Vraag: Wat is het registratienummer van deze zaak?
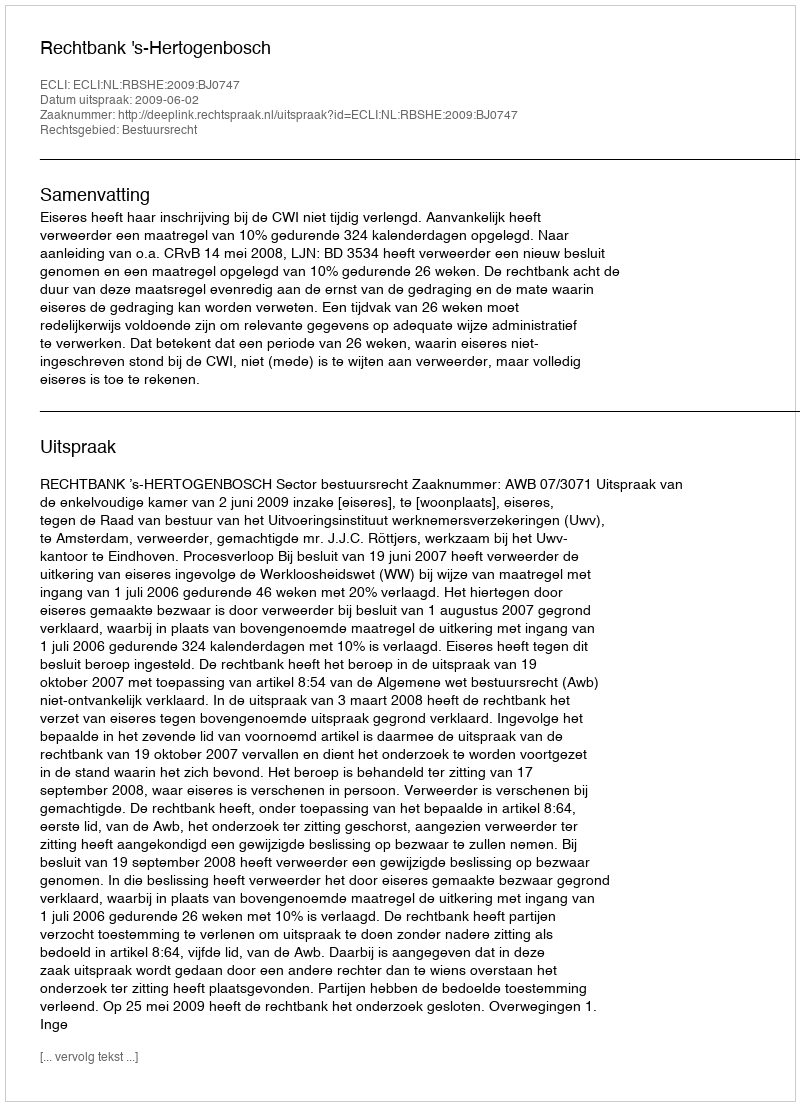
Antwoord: http://deeplink.rechtspraak.nl/uitspraak?id=ECLI:NL:RBSHE:2009:BJ0747